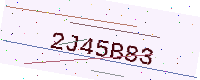
Text: 2J45B83